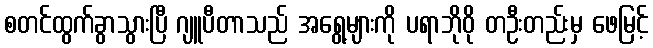
စတင်ထွက်ခွာသွားပြီ ဂျူပီတာသည် အရွေ့များကို ပရာဘိုဝို တဦးတည်းမှ ဖေမြင့်